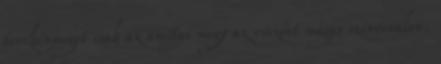
tevekenyseget csak az amitas megy az viszont magas szinvonalon.